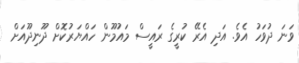
ވަނަ ދުވަހު އެވެ. އަދި އެރޭ ކުރީގެ ރައީސް މައުމޫން ހައްޔަރުކޮށް ދޫނިދޫއަށް